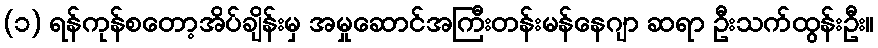
(၁) ရန်ကုန်စတော့အိပ်ချိန်းမှ အမှုဆောင်အကြီးတန်းမန်နေဂျာ ဆရာ ဦးသက်ထွန်းဦး။